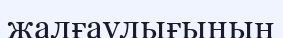
жалғаулығының